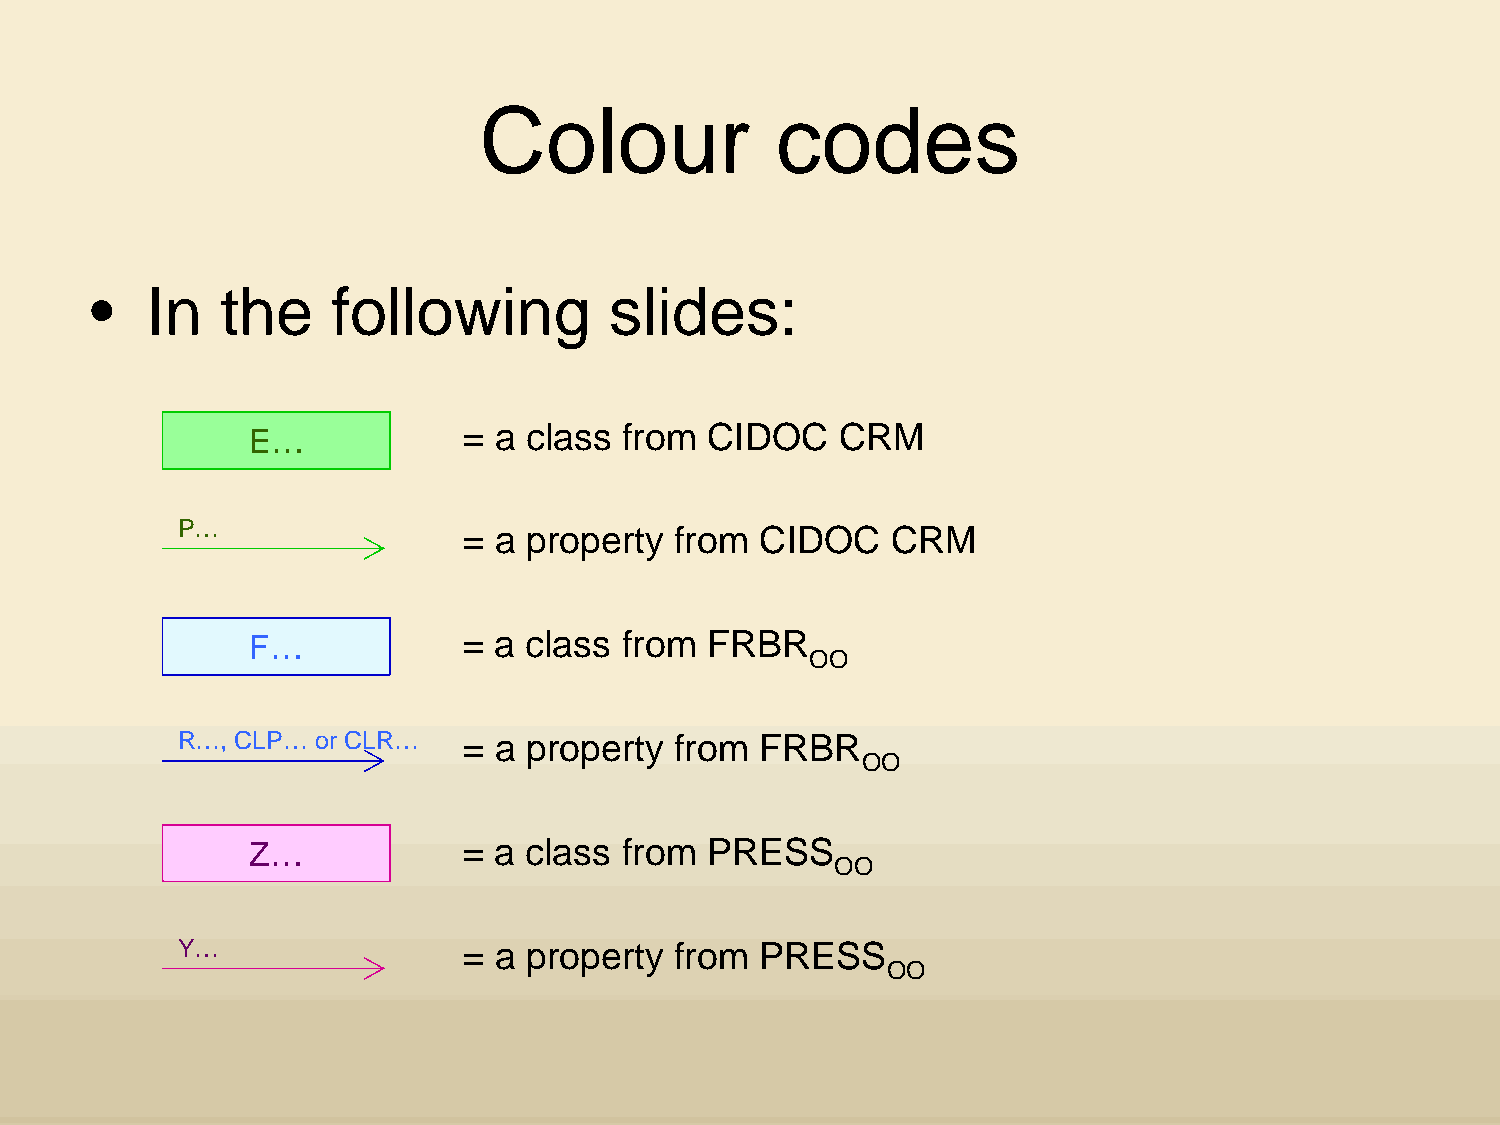
Colour              codes
 •   In   the    following          slides:
 = a class  from CIDOC    CRM
 E…
 P…
 = a property  from  CIDOC   CRM
 F…            = a class  from FRBR
 OO
 R…, CLP… or CLR…   = a property  from  FRBR
 OO
 Z…            = a class  from PRESS
 OO
 Y…                 = a property  from  PRESS
 OO